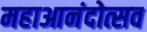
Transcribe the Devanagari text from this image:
महाआनंदोत्सव